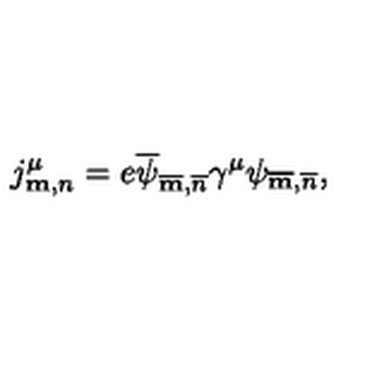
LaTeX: j _ { { \bf m } , n } ^ { \mu } = e \overline { \psi } _ { \overline { { \bf m } } , \overline { { n } } } \gamma ^ { \mu } \psi _ { \overline { { \bf m } } , \overline { { n } } } ,